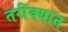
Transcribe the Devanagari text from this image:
तरीक्यात